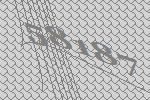
58187